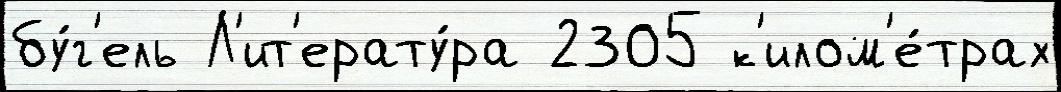
бу́г'ель Л'ит'ерату́ра 2305 к'илом'е́трах